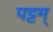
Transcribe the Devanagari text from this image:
पट्टम्